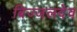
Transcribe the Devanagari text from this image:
बिज्जलदेव